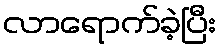
လာရောက်ခဲ့ပြီး